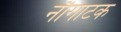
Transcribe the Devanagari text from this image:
नौगाटक